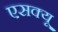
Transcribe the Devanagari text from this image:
एसक्यू